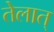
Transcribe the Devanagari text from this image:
तेलात्